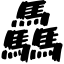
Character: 驫